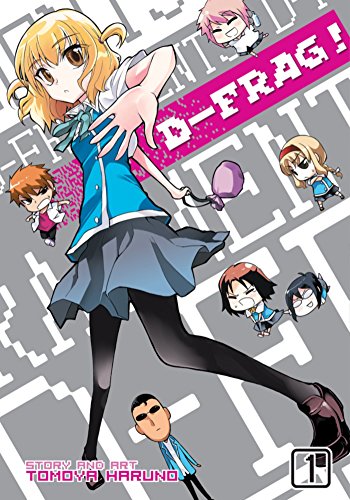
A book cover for D-Frag!, Vol. 1; Tomoya Haruno; Comics & Graphic Novels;